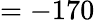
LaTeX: =-170